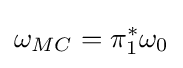
\omega _{MC}=\pi _{1}^{*}\omega _{0}